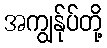
အကျွန်ုပ်တို့